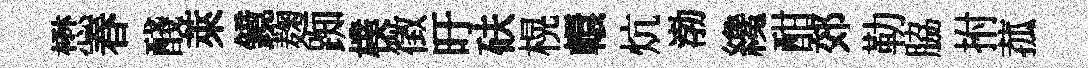
懋春醆萊鏡麹踟樸徵旴砆榥轘炕渤纔酣郊勒脇拊菰